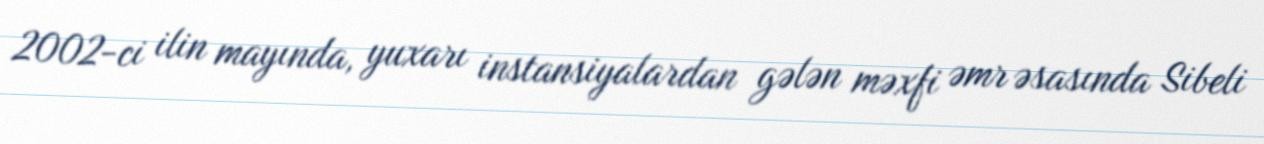
2002-ci ilin mayında, yuxarı instansiyalardan gələn məxfi əmr əsasında Sibeli